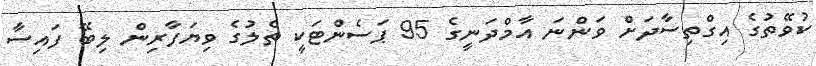
ކުވޭތުގެ އިގްތިސާދަށް ވަންނަ އާމްދަނީގެ 95 ޕަސެންޓަކީ ތެލުގެ ވިޔަފާރިން ލިބޭ ފައިސާ